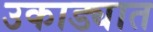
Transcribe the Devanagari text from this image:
उकाड्यात